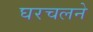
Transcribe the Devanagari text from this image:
घरचलने